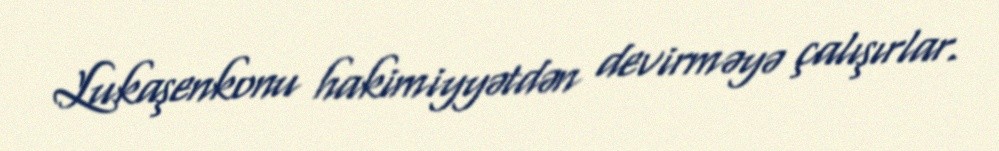
Lukaşenkonu hakimiyyətdən devirməyə çalışırlar.